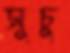
সুচু